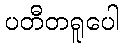
ပတီတရူပေါ